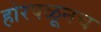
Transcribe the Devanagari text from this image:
होरपळूनच